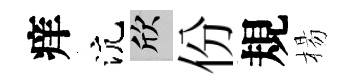
痒沆欣份規楊